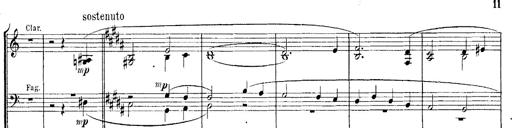
Title: Huldigungsmarsch
Composer: Franz Liszt